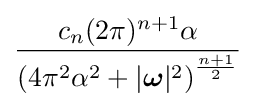
{\frac {c_{n}(2\pi )^{n+1}\alpha }{\left(4\pi ^{2}\alpha ^{2}+|{\boldsymbol {\omega }}|^{2}\right)^{\frac {n+1}{2}}}}